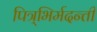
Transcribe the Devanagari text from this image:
पित्र्भिर्मदन्ती